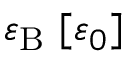
\varepsilon _ { \mathrm { B } } ~ [ \varepsilon _ { 0 } ]